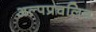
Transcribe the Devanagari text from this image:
अल्पप्रचलित